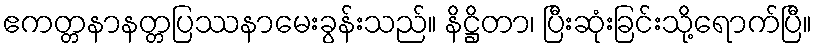
ဧကတ္တနာနတ္တပြဿနာမေးခွန်းသည်။ နိဋ္ဌိတာ၊ ပြီးဆုံးခြင်းသို့ရောက်ပြီ။